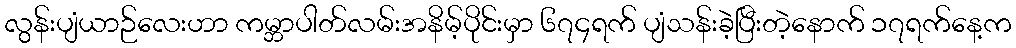
လွန်းပျံယာဉ်လေးဟာ ကမ္ဘာပါတ်လမ်းအနိမ့်ပိုင်းမှာ ၆၇၄ရက် ပျံသန်းခဲ့ပြီးတဲ့နောက် ၁၇ရက်နေ့က